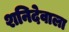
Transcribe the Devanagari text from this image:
शनिदेवाला